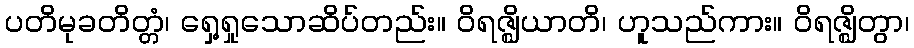
ပတိမုခတိတ္တံ၊ ရှေ့ရှုသောဆိပ်တည်း။ ဝိရဇ္ဈိယာတိ၊ ဟူသည်ကား။ ဝိရဇ္ဈိတွာ၊